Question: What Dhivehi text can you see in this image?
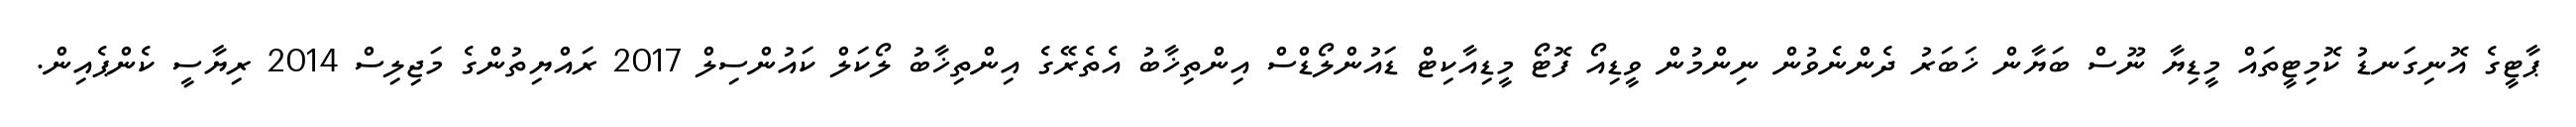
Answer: ޕާޓީގެ އޮނިގަނޑު ކޮމިޓީތައް މީޑިޔާ ނޫސް ބަޔާން ޚަބަރު ދެންނެވުން ނިންމުން ވީޑިއޯ ފޮޓޯ މީޑިއާކިޓް ޑައުންލޯޑްސް އިންތިޚާބު އެތެރޭގެ އިންތިޚާބު ލޯކަލް ކައުންސިލް 2017 ރައްޔިތުންގެ މަޖިލިސް 2014 ރިޔާސީ ކެންޕެއިން.